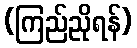
(ကြည်ညိုရန်)